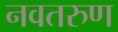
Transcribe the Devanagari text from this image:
नवतरुण